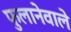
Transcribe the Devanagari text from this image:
फुलानेवाले